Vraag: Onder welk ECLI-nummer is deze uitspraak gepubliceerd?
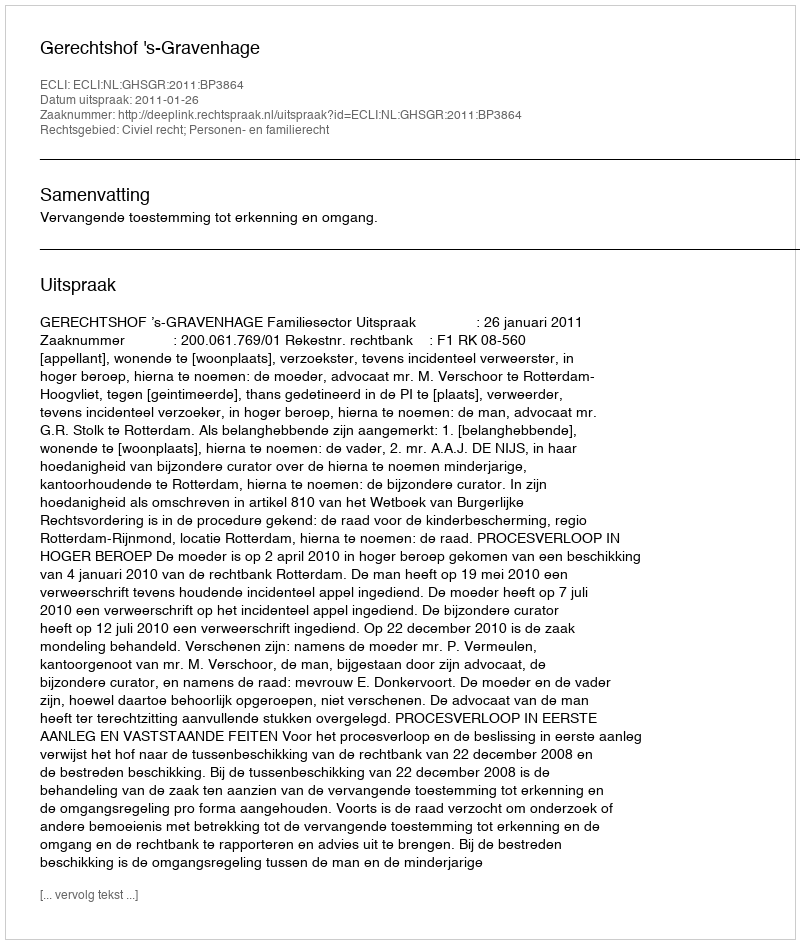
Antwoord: ECLI:NL:GHSGR:2011:BP3864